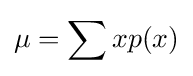
\mu =\sum xp(x)